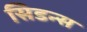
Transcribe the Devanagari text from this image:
सिडन्स